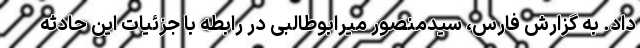
داد. به گزارش فارس، سیدمنصور میرابوطالبی در رابطه با جزئیات این حادثه